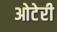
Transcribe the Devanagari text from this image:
ओटेरी